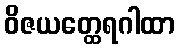
ဝိဇယတ္ထေရဂါထာ